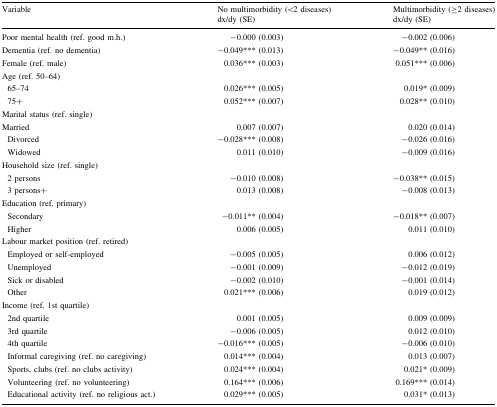
<table><thead><tr><td rowspan="2"><b>Variable</b></td><td><b>No multimorbidity (&lt;2 diseases)</b></td><td><b>Multimorbidity (≥2 diseases)</b></td></tr><tr><td><b>dx/dy (SE)</b></td><td><b>dx/dy (SE)</b></td></tr></thead><tbody><tr><td>Poor mental health (ref. good m.h.)</td><td>−0.000 (0.003)</td><td>−0.002 (0.006)</td></tr><tr><td>Dementia (ref. no dementia)</td><td>−0.049*** (0.013)</td><td>−0.049** (0.016)</td></tr><tr><td>Female (ref. male)</td><td>0.036*** (0.003)</td><td>0.051*** (0.006)</td></tr><tr><td colspan="3">Age (ref. 50–64)</td></tr><tr><td> 65–74</td><td>0.026*** (0.005)</td><td>0.019* (0.009)</td></tr><tr><td> 75+</td><td>0.052*** (0.007)</td><td>0.028** (0.010)</td></tr><tr><td colspan="3">Marital status (ref. single)</td></tr><tr><td>Married</td><td>0.007 (0.007)</td><td>0.020 (0.014)</td></tr><tr><td> Divorced</td><td>−0.028*** (0.008)</td><td>−0.026 (0.016)</td></tr><tr><td> Widowed</td><td>0.011 (0.010)</td><td>−0.009 (0.016)</td></tr><tr><td colspan="3">Household size (ref. single)</td></tr><tr><td> 2 persons</td><td>−0.010 (0.008)</td><td>−0.038** (0.015)</td></tr><tr><td> 3 persons+</td><td>0.013 (0.008)</td><td>−0.008 (0.013)</td></tr><tr><td colspan="3">Education (ref. primary)</td></tr><tr><td> Secondary</td><td>−0.011** (0.004)</td><td>−0.018** (0.007)</td></tr><tr><td> Higher</td><td>0.006 (0.005)</td><td>0.011 (0.010)</td></tr><tr><td colspan="3">Labour market position (ref. retired)</td></tr><tr><td> Employed or self-employed</td><td>−0.005 (0.005)</td><td>0.006 (0.012)</td></tr><tr><td> Unemployed</td><td>−0.001 (0.009)</td><td>−0.012 (0.019)</td></tr><tr><td> Sick or disabled</td><td>−0.002 (0.010)</td><td>−0.001 (0.014)</td></tr><tr><td> Other</td><td>0.021*** (0.006)</td><td>0.019 (0.012)</td></tr><tr><td colspan="3">Income (ref. 1st quartile)</td></tr><tr><td> 2nd quartile</td><td>0.001 (0.005)</td><td>0.009 (0.009)</td></tr><tr><td> 3rd quartile</td><td>−0.006 (0.005)</td><td>0.012 (0.010)</td></tr><tr><td> 4th quartile</td><td>−0.016*** (0.005)</td><td>−0.006 (0.010)</td></tr><tr><td> Informal caregiving (ref. no caregiving)</td><td>0.014*** (0.004)</td><td>0.013 (0.007)</td></tr><tr><td> Sports, clubs (ref. no clubs activity)</td><td>0.024*** (0.004)</td><td>0.021* (0.009)</td></tr><tr><td> Volunteering (ref. no volunteering)</td><td>0.164*** (0.006)</td><td>0.169*** (0.014)</td></tr><tr><td> Educational activity (ref. no religious act.)</td><td>0.029*** (0.005)</td><td>0.031* (0.013)</td></tr></tbody></table>